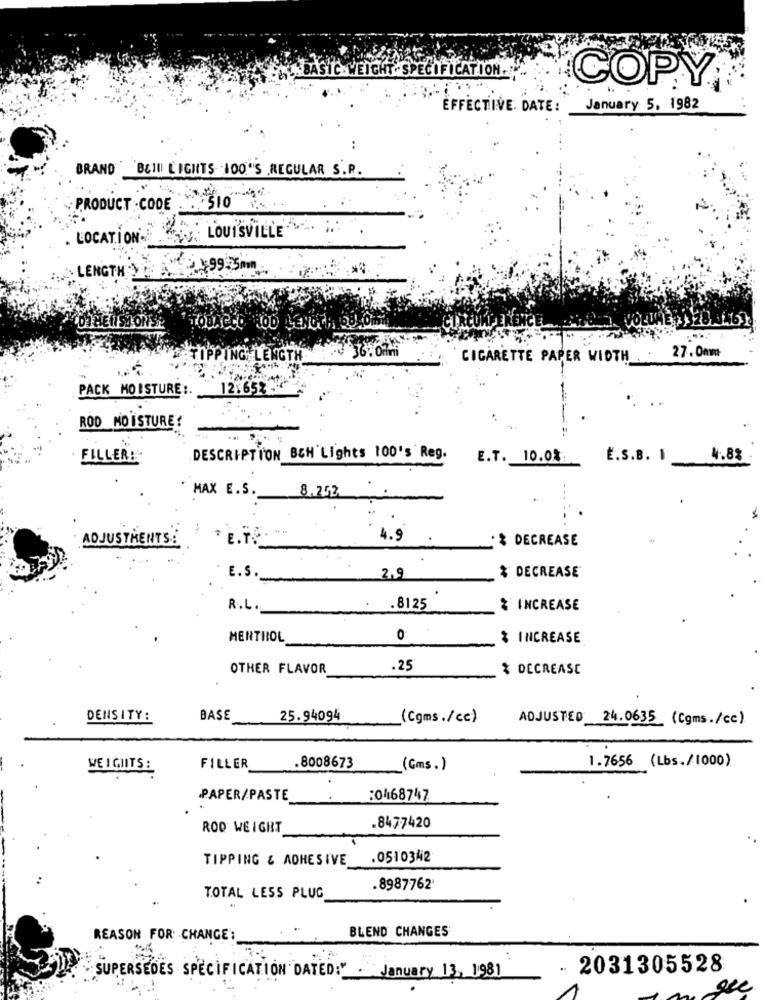
BASIC WEIGHT SPECIFICATION.
COPY
EFFECTIVE DATE:
January 5, 1982
BRAND BEII LIGHTS 100"S REGULAR S.R.
PRODUCT -CODE
: 510
LOCATION
LOUISVILLE
9 .99:5mm
. LENGTHY
KOD
27.0mm
IPPING LENGTH
CIGARETTE PAPER WIDTH
PACK MOISTURE :. 121652
.
ROD MOISTURE!
FILLER!
DESCRIPTION BEH'Lights 100's Reg.
E.T. 10. 03.
E.S.B. 1
4.8%
MAX E.S.
8.252
ADJUSTMENTS!
4.9
· % DECREASE
E. S.
2.9
% DECREASE
R.L.
.8125
% INCREASE
MENTHOL
0
% INCREASE
OTHER FLAVOR
.25
% DECREASE
DENSITY:
BASE
25.94094
(Cgms./cc)
ADJUSTED 24.0635 (Cgms./cc)
1.7656 (Lbs./1000)
WE I GIITS :
FILLER
.8008673
(Gms.)
.PAPER/PASTE
:0468747
ROD WEIGHT
.8477420
TIPPING & ADHESIVE
.0510342
.8987762
TOTAL LESS PLUG
BLEND CHANGES
REASON FOR CHANGE:
- 2031305528
SUPERSEDES SPECIFICATION DATED:" January 13, 1981